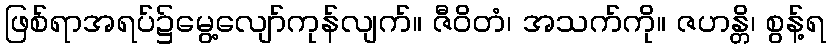
ဖြစ်ရာအရပ်၌မွေ့လျော်ကုန်လျက်။ ဇီဝိတံ၊ အသက်ကို။ ဇဟန္တိ၊ စွန့်ရ